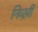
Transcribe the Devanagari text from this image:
निव्ख़ी